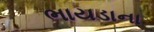
ભાયડાના